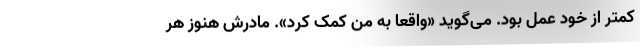
کمتر از خودِ عمل بود. می‌گوید «واقعاً به من کمک کرد». مادرش هنوز هر